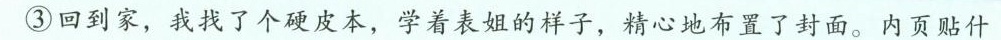
③回到家，我找了个硬皮本，学着表姐的样子，精心地布置了封面。内页贴什